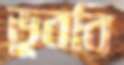
ডুববি